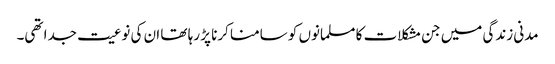
مدنی زندگی میں جن مشکلات کا مسلمانوں کو سامنا کرنا پڑ رہا تھا ان کی نوعیت جدا تھی۔